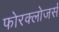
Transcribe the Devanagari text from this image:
फोरक्लोजर्स